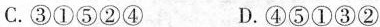
C.③①⑤②④ D.④⑤①③②